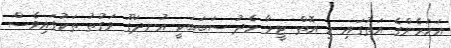
އަހަރެންގެ އަތުގައި މި އޮތް ޓީމާ މެދު ސަބަބަކީ އުނދަގޫ ވަގުތު ތަކުގައިވެސް